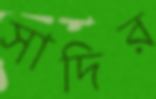
সাদির